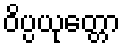
ဝိပ္ပယုတ္တော